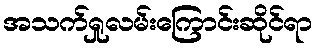
အသက်ရှုလမ်းကြောင်းဆိုင်ရာ